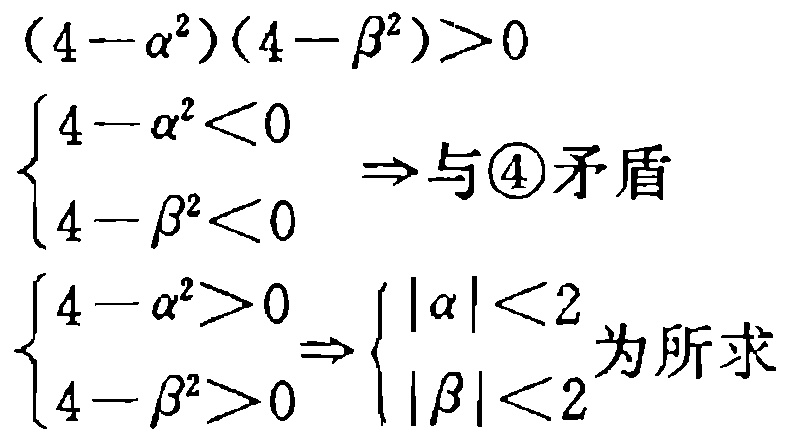
\((4 - \alpha^{2})(4 - \beta^{2})>0\)
\(\begin{cases}
4 - \alpha^{2}<0 \\
4 - \beta^{2}<0
\end{cases}\Rightarrow 与\textcircled{4}矛盾\)
\(\begin{cases}
4 - \alpha^{2}>0 \\
4 - \beta^{2}>0
\end{cases}\Rightarrow\begin{cases}
|\alpha|<2 \\
|\beta|<2
\end{cases}为所求\)